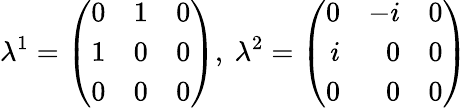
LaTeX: \lambda^{1}=\left(\begin{array}{rrr}{0}&{1}&{0}\\ {1}&{0}&{0}\\ {0}&{0}&{0}\end{array}\right),\ \lambda^{2}=\left(\begin{array}{rrr}{0}&{-i}&{0}\\ {i}&{0}&{0}\\ {0}&{0}&{0}\end{array}\right)\,